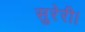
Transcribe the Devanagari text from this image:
सुरेरी।